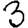
Digit: 3